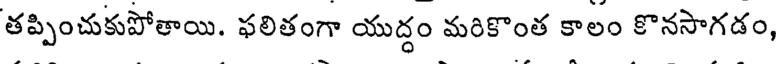
తప్పించుకుపోతాయి. ఫలితంగా యుద్ధం మరికొంత కాలం కొనసాగడం,